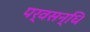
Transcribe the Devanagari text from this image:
पर्वसन्धि